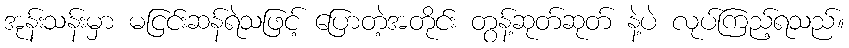
အုန်းသန်းမှာ မငြင်းဆန်ရဲသဖြင့် ပြောတဲ့အတိုင်း တွန့်ဆုတ်ဆုတ် နဲ့ပဲ လုပ်ကြည့်ရသည်။